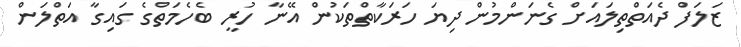
ޒަލަފް ދެއަތްތިލައަށް ގެނަންމުން ދިޔަ ހަރަކާތްތަކުން އޭނާ ހުރީ ބެހެމަތްގެ ގައިގާ އަތްލަން